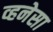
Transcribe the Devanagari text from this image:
व्हनेसा